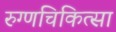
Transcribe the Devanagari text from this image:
रुग्णचिकित्सा